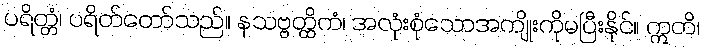
ပရိတ္တံ၊ ပရိတ်တော်သည်။ နသဗ္ဗတ္ထိကံ၊ အလုံးစုံသောအကျိုးကိုမပြီးနိုင်။ ဣတိ၊